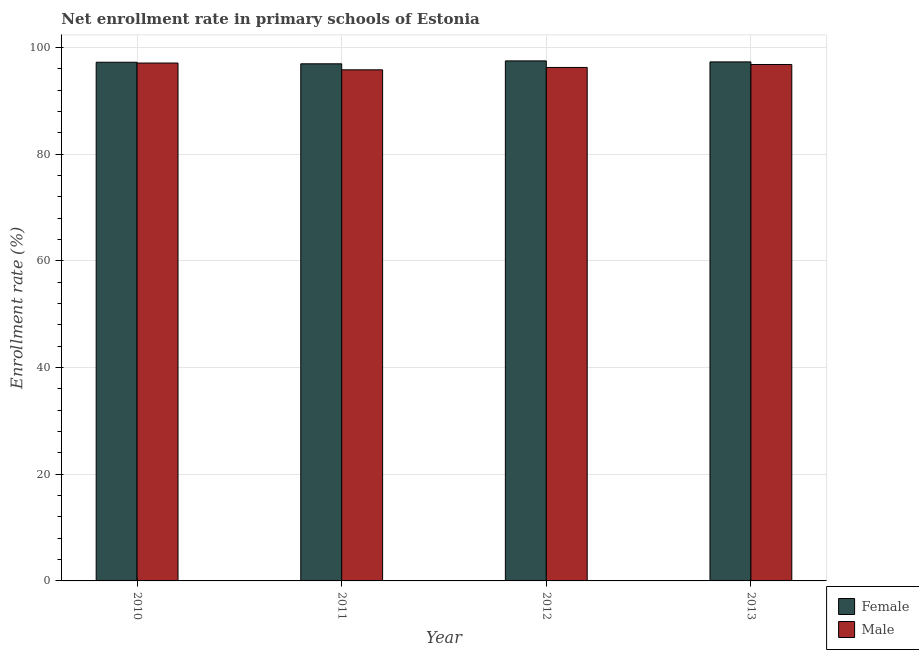
| Year | Female | Male |
 | --- | --- | --- |
 | 2010 | 97.2 | 97.1 |
 | 2011 | 96.9 | 95.8 |
 | 2012 | 97.5 | 96.3 |
 | 2013 | 97.3 | 96.8 |